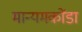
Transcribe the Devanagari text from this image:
मान्यमकोंडा